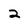
Character: 2